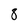
Character: 8